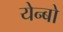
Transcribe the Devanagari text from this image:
येन्बो